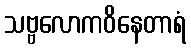
သဗ္ဗလောကဝိနေတာရံ